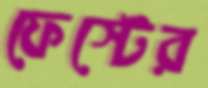
ফেস্টের